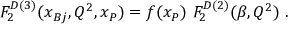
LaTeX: F _ { 2 } ^ { D ( 3 ) } ( x _ { B j } , Q ^ { 2 } , x _ { \cal P } ) = f ( x _ { \cal P } ) \ F _ { 2 } ^ { D ( 2 ) } ( \beta , Q ^ { 2 } ) \ .